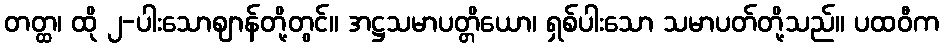
တတ္ထ၊ ထို ၂-ပါးသောဈာန်တို့တွင်။ အဋ္ဌသမာပတ္တိယော၊ ရှစ်ပါးသော သမာပတ်တို့သည်။ ပထဝီက